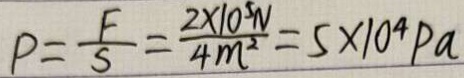
P = \frac { F } { S } = \frac { 2 \times 1 0 ^ { 5 } N } { 4 m ^ { 2 } } = 5 \times 1 0 ^ { 4 } P a